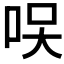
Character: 𠲂